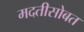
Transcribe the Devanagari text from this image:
मदतीसोबत